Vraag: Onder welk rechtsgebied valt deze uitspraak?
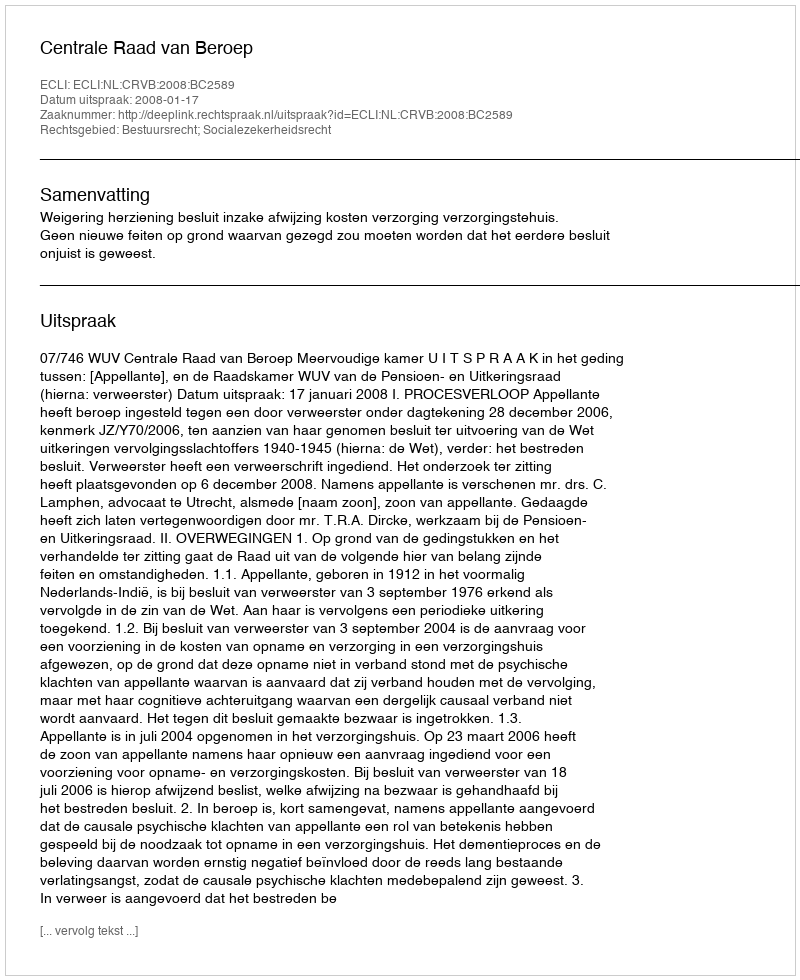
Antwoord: Bestuursrecht; Socialezekerheidsrecht